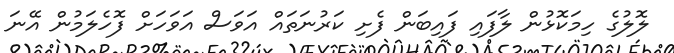
ލޮލުގެ ހިމަކޮޅުން ލާފައި ފައިބަން ފެށި ކަރުނަތައް އަވަސް އަވަހަށް ފޮހެލަމުން އޭނަ